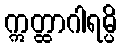
ဣတ္ထာဂါရမ္ပိ